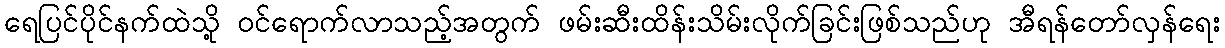
ရေပြင်ပိုင်နက်ထဲသို့ ဝင်ရောက်လာသည့်အတွက် ဖမ်းဆီးထိန်းသိမ်းလိုက်ခြင်းဖြစ်သည်ဟု အီရန်တော်လှန်ရေး